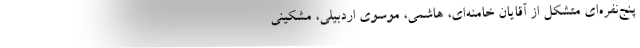
پنج‌نفره‌ای متشکل از آقایان خامنه‌ای، هاشمی، موسوی اردبیلی، مشکینی